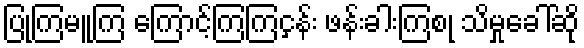
ပြုကြမူကြ ကြောင့်ကြကြငှန်း ဖန်းခါးကြစု သိမှုခေါ်ဆို